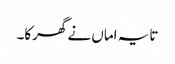
تایہ اماں نے گھرکا۔